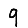
Digit: 9